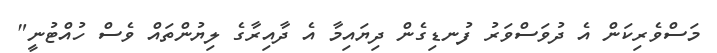
މަސްވެރިކަން އެ ދުވަސްވަރު ފުނޑިގެން ދިޔައިމާ އެ ދާއިރާގެ ލިޔުންތައް ވެސް ހުއްޓުނީ"